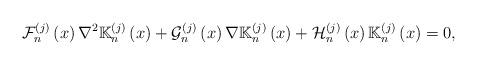
LaTeX: \begin{align*}\mathcal{F}_{n}^{\left( j\right) }\left( x\right) \nabla ^{2}\mathbb{K}_{n}^{(j)}\left( x\right) +\mathcal{G}_{n}^{\left( j\right) }\left( x\right)\nabla \mathbb{K}_{n}^{(j)}\left( x\right) +\mathcal{H}_{n}^{\left( j\right)}\left( x\right) \mathbb{K}_{n}^{(j)}\left( x\right) =0, \end{align*}